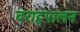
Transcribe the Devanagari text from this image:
वराहपालन